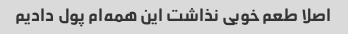
اصلا طعم خوبی نذاشت این همه‌ام پول دادیم